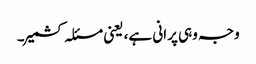
وجہ وہی پرانی ہے، یعنی مسئلہ کشمیر۔